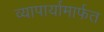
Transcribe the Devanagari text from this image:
व्यापार्यामार्फत